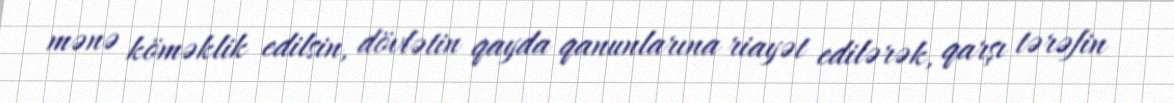
mənə köməklik edilsin, dövlətin qayda qanunlarına riayət edilərək, qarşı tərəfin